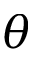
\theta